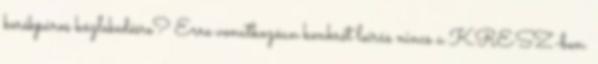
kerékpáros közlekedésre? Erre vonatkozóan konkrét leírás nincs a KRESZ-ben.